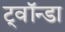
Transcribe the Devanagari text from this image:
ट्वॉन्डा